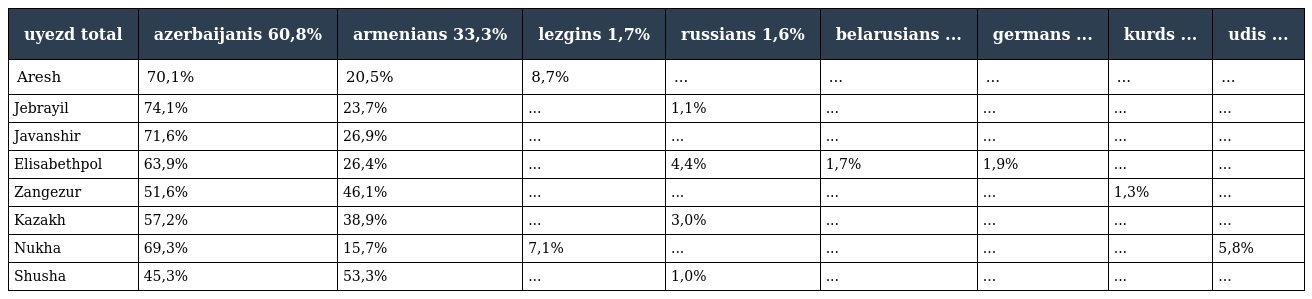
| uyezd total | azerbaijanis 60,8% | armenians 33,3% | lezgins 1,7% | russians 1,6% | belarusians ... | germans ... | kurds ... | udis ... |
 | --- | --- | --- | --- | --- | --- | --- | --- | --- |
 | Aresh | 70,1% | 20,5% | 8,7% | ... | ... | ... | ... | ... |
 | Jebrayil | 74,1% | 23,7% | ... | 1,1% | ... | ... | ... | ... |
 | Javanshir | 71,6% | 26,9% | ... | ... | ... | ... | ... | ... |
 | Elisabethpol | 63,9% | 26,4% | ... | 4,4% | 1,7% | 1,9% | ... | ... |
 | Zangezur | 51,6% | 46,1% | ... | ... | ... | ... | 1,3% | ... |
 | Kazakh | 57,2% | 38,9% | ... | 3,0% | ... | ... | ... | ... |
 | Nukha | 69,3% | 15,7% | 7,1% | ... | ... | ... | ... | 5,8% |
 | Shusha | 45,3% | 53,3% | ... | 1,0% | ... | ... | ... | ... |